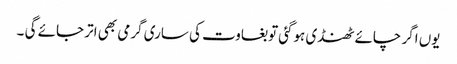
یوں اگر چائے ٹھنڈی ہوگئی توبغاوت کی ساری گرمی بھی اتر جائے گی ۔